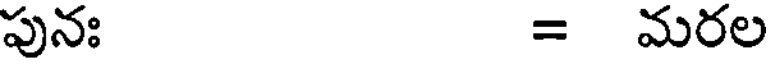
పునః = మరల